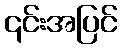
၎င်းအပြင်